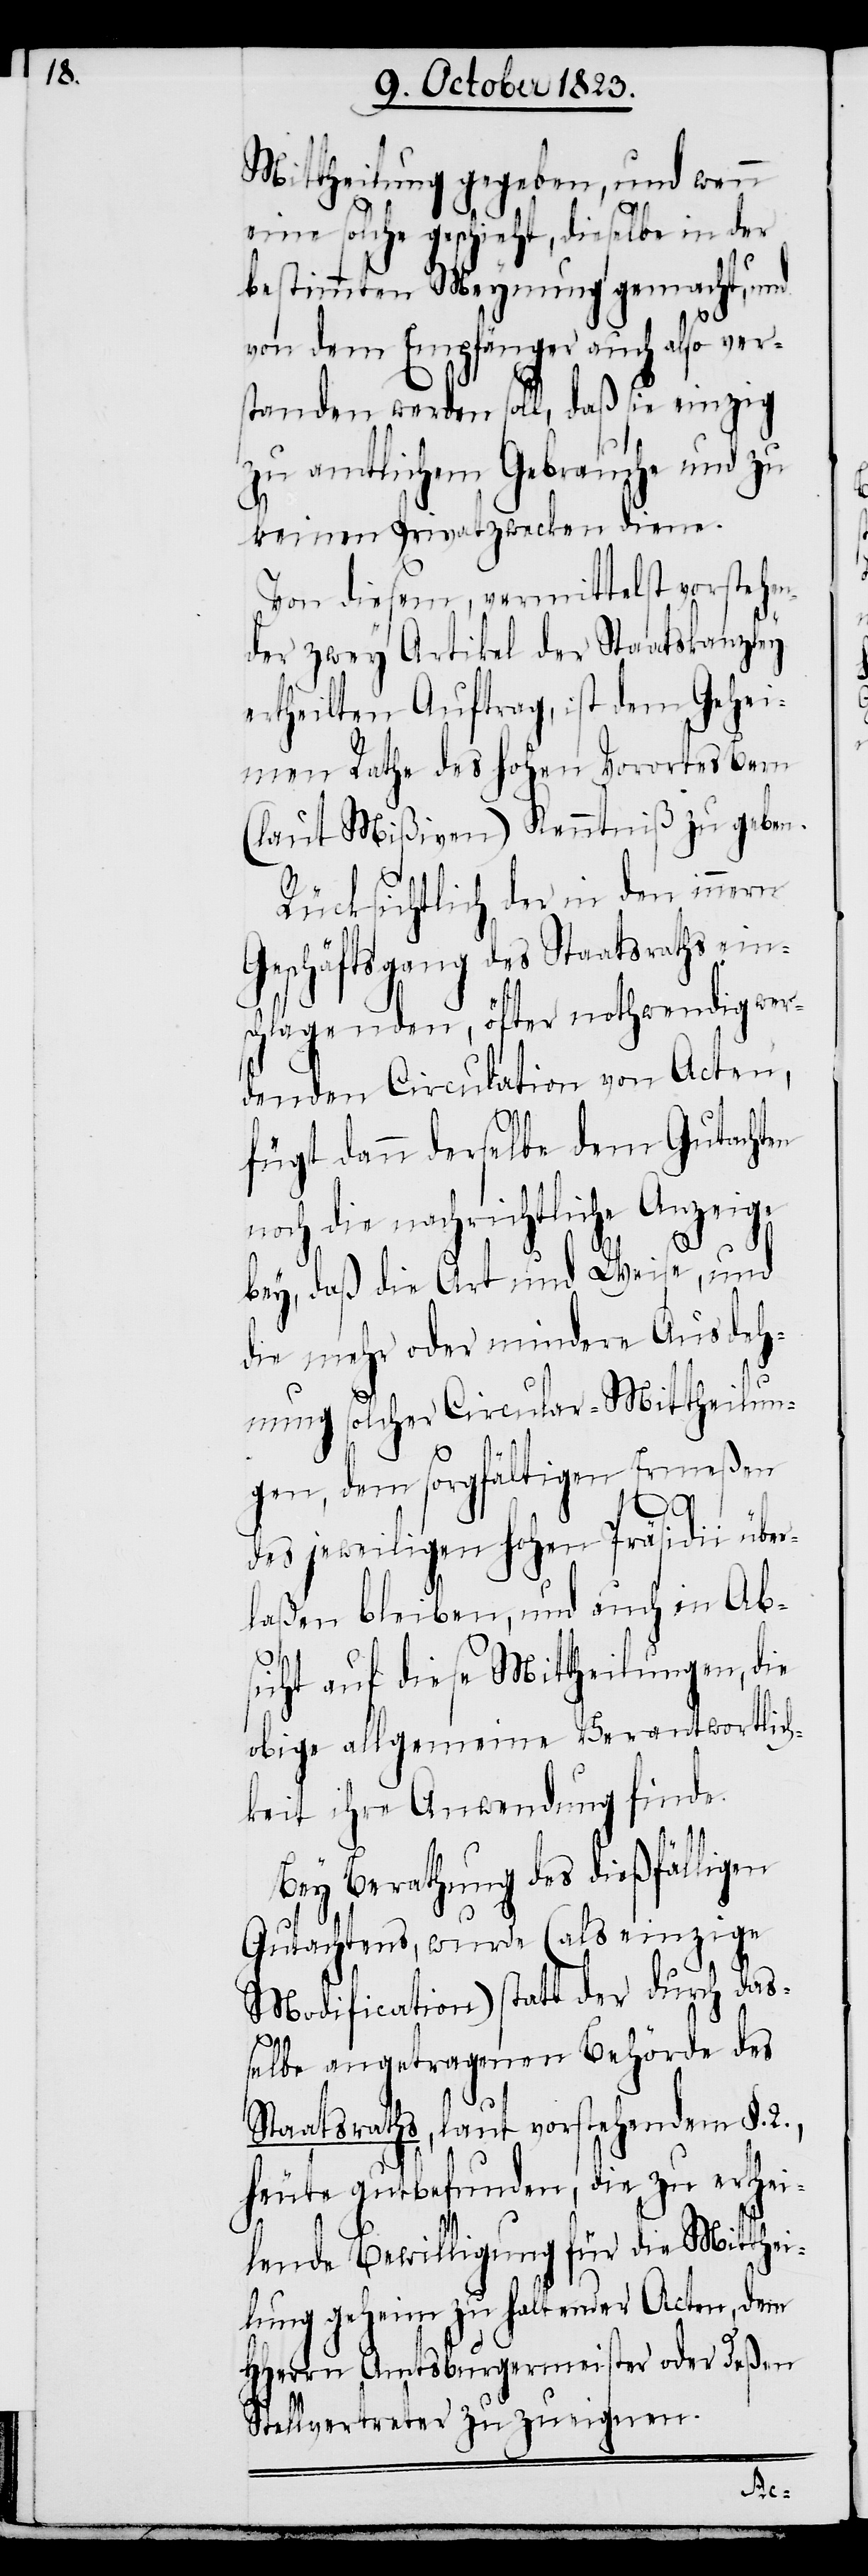
Mittheilung gegeben, und wenn
eine solche geschieht, dieselbe in der
bestimmten Meynung gemacht, und
von dem Empfänger auch also ver¬
standen werden soll, daß sie einzig
zu amtlichem Gebrauche und zu
keinen Privatzwecken diene.
Von diesem, vermittelst vorstehen¬
der zwey Artikel der Staatskanzley
ertheilten Auftrag, ist dem Gehe¬
imen Rathe des hohen Vorortes Bern
(laut Mißiven) Kenntniß zu geben.
Rücksichtlich der in den innern
Geschäftsgang des Staatsraths eins¬
chlagenden, öfter nothwendig wer¬
denden Circulation von Acten,
fügt dann derselbe dem Gutachten
noch die nachrichtliche Anzeige
bey, daß die Art und Weise, und
die mehr oder mindere Ausdeh¬
nung solcher Circular-Mittheilun¬
gen, dem sorgfältigen Ermeßen
des jeweiligen hohen Präsidii über¬
laßen bleiben, und auch in Ab¬
sicht auf diese Mittheilungen, die
obige allgemeine Verantwortlich¬
keit ihre Anwendung finde.
Bey Berathung des dießfälligen
Gutachtens, wurde (als einzige
Modification) statt der durch das¬
selbe angetragenen Behörde des
Staatsraths, laut vorstehendem §.
heute gutbefunden, die zu erthei¬
lende Bewilligung für die Mitthei¬
lung geheim zu haltender Acten, dem
HHerrn Amtsburgermeister oder deßen
Stellvertreter zuzueignen.